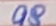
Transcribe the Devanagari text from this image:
०९